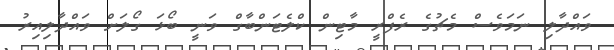
ވައްދާލި ނަމަވެސް މެޗުގެ ރެފްރީ މާޓިން ކްލެޓަންބާގް ވަނީ ބޯޅަ ގޯލަށް ވައްދާލިއިރު